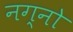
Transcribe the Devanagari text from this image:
नग्नो